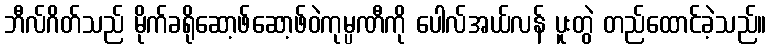
ဘီလ်ဂိတ်သည် မိုက်ခရိုဆော့ဖ်ဆော့ဖ်ဝဲကုမ္ပဏီကို ပေါလ်အယ်လန် ပူးတွဲ တည်ထောင်ခဲ့သည်။